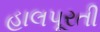
હાલપૂરતી